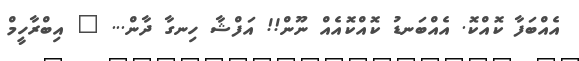
އެއްބަފާ ކޮއްކޮ. އެއްބަނޑު ކޮއްކޮއެއް ނޫން!! އަފްޝާ ހިނގާ ދާން... " އިބްރާހީމް